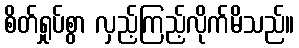
စိတ်ရှုပ်စွာ လှည့်ကြည့်လိုက်မိသည်။